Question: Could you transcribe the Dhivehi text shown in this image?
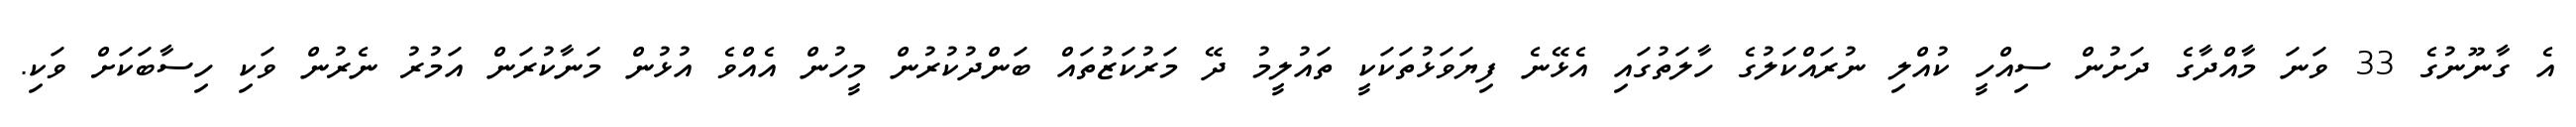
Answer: އެ ގާނޫނުގެ 33 ވަނަ މާއްދާގެ ދަށުން ސިއްހީ ކުއްލި ނުރައްކަލުގެ ހާލަތުގައި އެޅޭނެ ފިޔަވަޅުތަކަކީ ތައުލީމު ދޭ މަރުކަޒުތައް ބަންދުކުރުން މީހުން އެއްވެ އުޅުން މަނާކުރަން އަމުރު ނެރުން ވަކި ހިސާބަކަށް ވަކި.